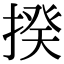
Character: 揆